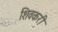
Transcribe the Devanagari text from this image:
शिवकरी